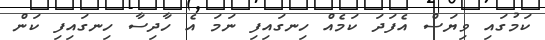
ކަމުގައި ވިޔަސް އެފަދަ ކަމެއް ހިނގައިފި ނަމަ އެ ހާދިސާ ހިނގައިފި ކަން